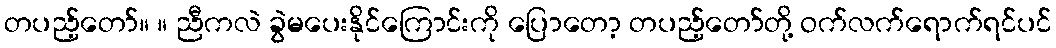
တပည့်တော်။ ။ ညီကလဲ ခွဲမပေးနိုင်ကြောင်းကို ပြောတော့ တပည့်တော်တို့ ဝက်လက်ရောက်ရင်ပင်